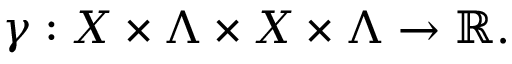
\gamma : X \times \Lambda \times X \times \Lambda \to \mathbb { R } .